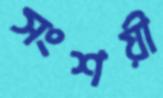
সংশয়ী